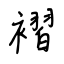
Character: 褶